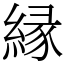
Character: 縁